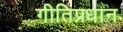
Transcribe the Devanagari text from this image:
गीतिप्रधान